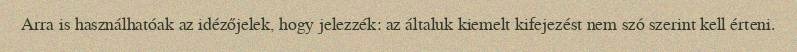
Arra is használhatóak az idézőjelek, hogy jelezzék: az általuk kiemelt kifejezést nem szó szerint kell érteni.